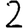
Digit: 2